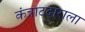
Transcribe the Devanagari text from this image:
कंत्राटदाराला